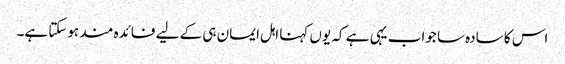
اس کا سادہ سا جواب یہی ہے کہ یوں کہنا اہل ایمان ہی کے لیے فائدہ مند ہوسکتا ہے۔